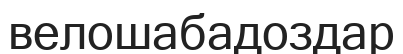
велошабадоздар